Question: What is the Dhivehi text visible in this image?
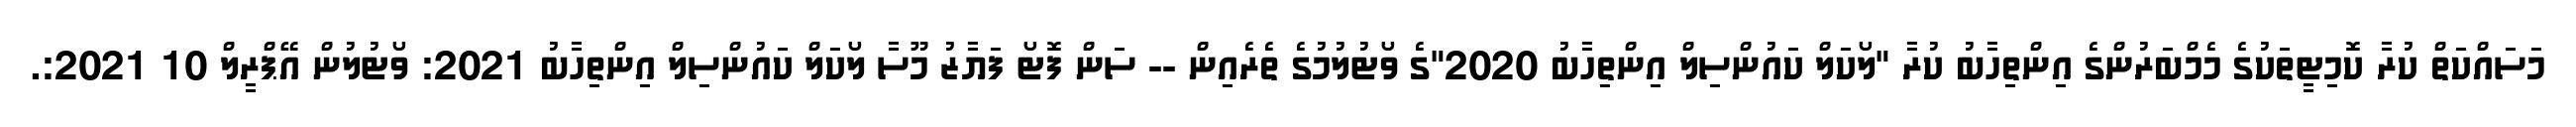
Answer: މަސައްކަތް ކުރާ ކޮމިޓީތަކުގެ މެމްބަރުންގެ އިންތިހާބު ކުރާ "ލޯކަލް ކައުންސިލް އިންތިހާބު 2020"ގެ ވޯޓުލުމުގެ ތެރެއިން -- ސަން ފޮޓޯ ފަޔާޒު މޫސާ ލޯކަލް ކައުންސިލް އިންތިހާބު 2021: ވޯޓުލުން އޭޕްރީލް 10 2021:.